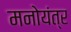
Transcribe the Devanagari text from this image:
मनोयंत्र